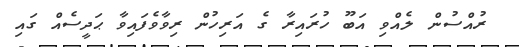
ރުއްސުން ލެއްވި އަބޫ ހުރައިރާ ގެ އަރިހުން ރިވާވެފައިވާ ޙަދީސެއް ގައި